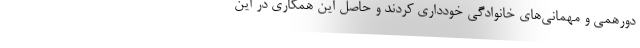
دورهمی و مهمانی‌های خانوادگی خودداری کردند و حاصل این همکاری در این